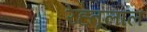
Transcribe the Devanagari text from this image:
रेह्तूलाल